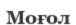
Моғол